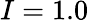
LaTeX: I=1.0